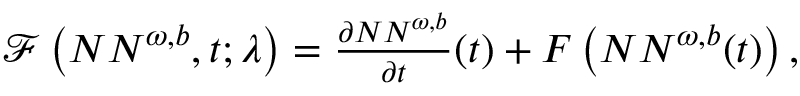
\begin{array} { r } { \mathcal { F } \left( { N N } ^ { \omega , b } , t ; \lambda \right) = \frac { \partial { N N } ^ { \omega , b } } { \partial t } ( t ) + F \left( { N N } ^ { \omega , b } ( t ) \right) , } \end{array}